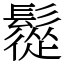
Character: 䰌